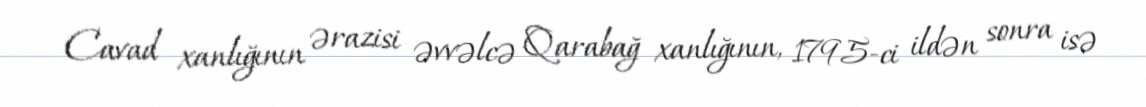
Cavad xanlığının ərazisi əvvəlcə Qarabağ xanlığının, 1795-ci ildən sonra isə